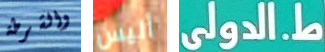
والشرطة أليس ط.الدولى